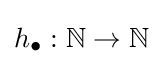
h_{\bullet }:\mathbb {N} \to \mathbb {N}